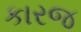
કારજ